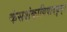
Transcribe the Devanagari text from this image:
कंसशंकाविषादकृत्‌।